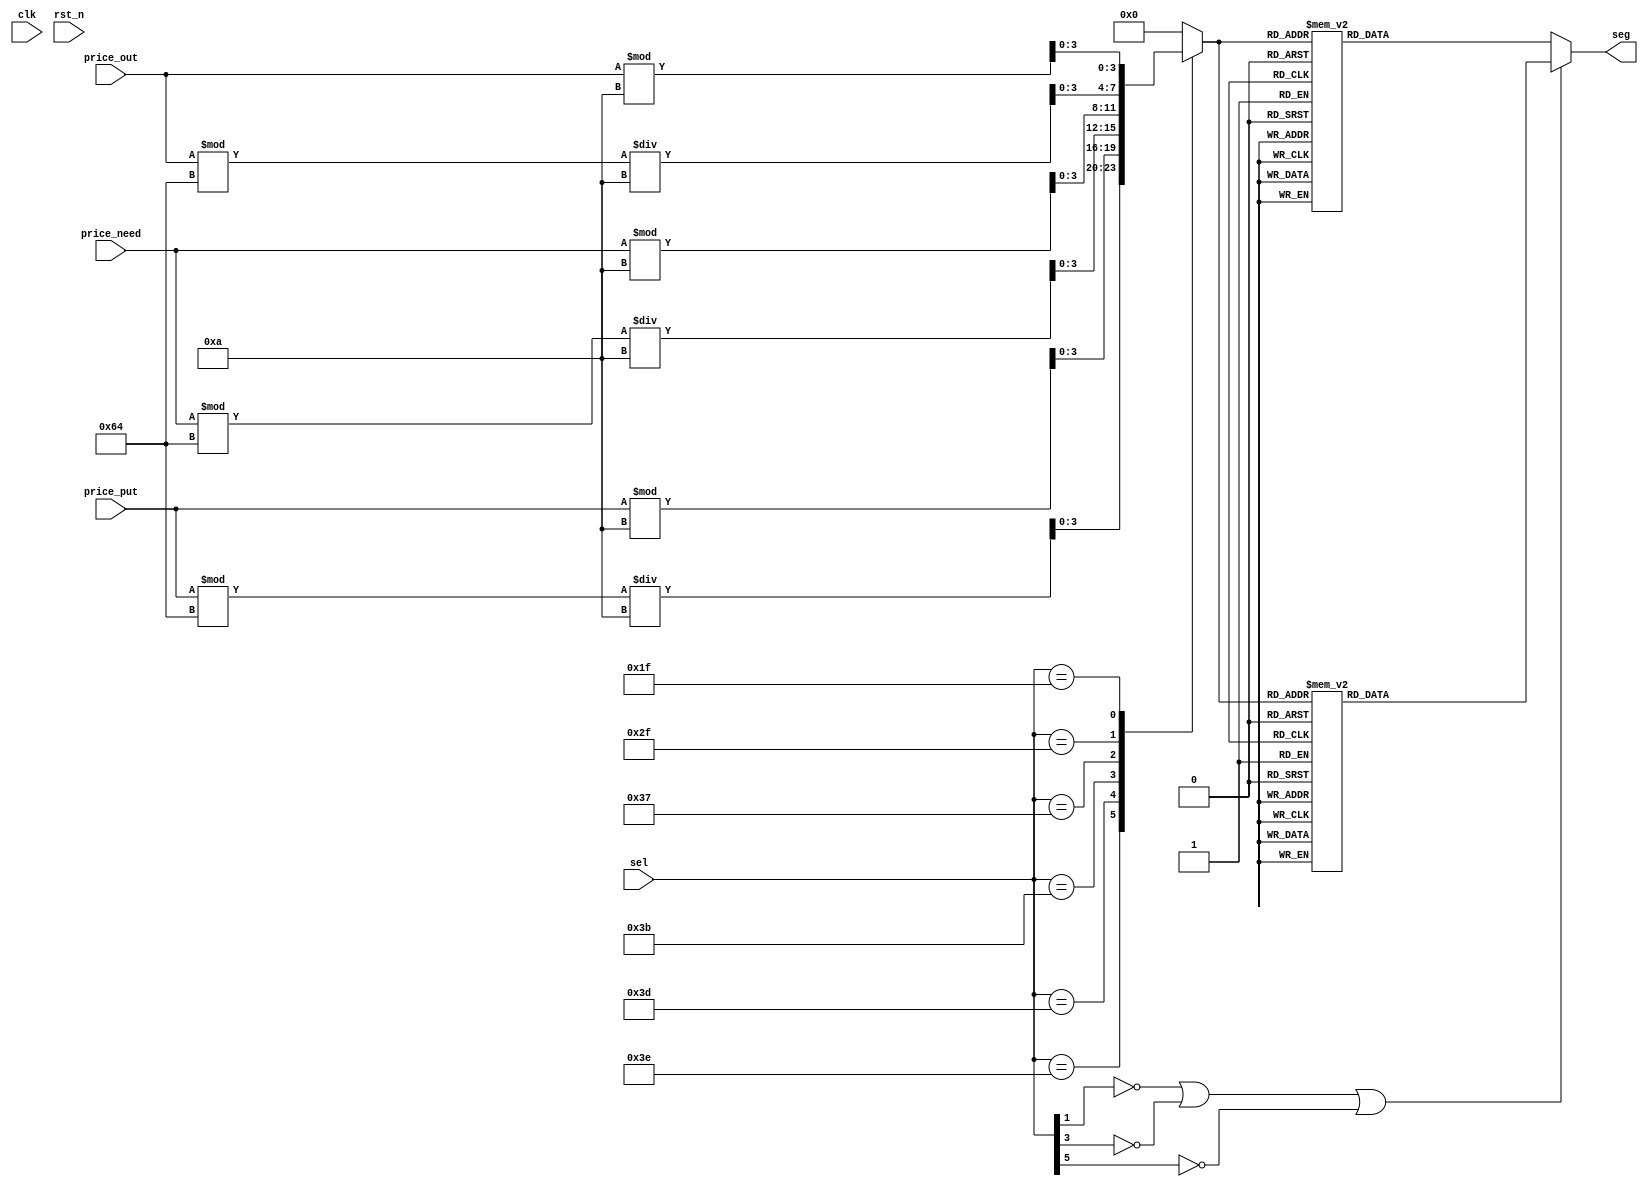
module seg_drive(
    input   wire    			 clk         ,
    input   wire    			 rst_n       ,       //
    input   wire    [5:0]   sel         ,       //
    input   wire    [6:0]   price_put   ,       //
    input   wire    [6:0]   price_need  ,       //
    input   wire    [6:0]   price_out   ,       //
    output   reg    [7:0]   seg                 //
   
);
 
reg [3:0] num;
always@(*) begin
    case(sel)
        //
		6'b111_110: num = (price_put % 100) / 10;       //  
		6'b111_101: num = price_put % 10;               //
        //
		6'b111_011: num = (price_need % 100) / 10;      //
		6'b110_111: num = price_need % 10;              //
        //
		6'b101_111: num = (price_out % 100) / 10;       //
		6'b011_111: num = price_out % 10;               //
		default:num = 4'd0;
   endcase
end
always @ (*) begin
    //
    if(!sel[1] || !sel[3] || !sel[5]) begin
        case(num)
            4'd0:    seg = 8'b1100_0000; //
            4'd1:    seg = 8'b1111_1001;
            4'd2:    seg = 8'b1010_0100;
            4'd3:    seg = 8'b1011_0000;
            4'd4:    seg = 8'b1001_1001;
            4'd5:    seg = 8'b1001_0010;
            4'd6:    seg = 8'b1000_0010;
            4'd7:    seg = 8'b1111_1000;
            4'd8:    seg = 8'b1000_0000;
            4'd9:    seg = 8'b1001_0000;
            default : seg = 8'b1100_0000;
        endcase
    end
       
    else begin
        case(num)
            4'd0:    seg = 8'b0100_0000; //
            4'd1:    seg = 8'b0111_1001;
            4'd2:    seg = 8'b0010_0100;
            4'd3:    seg = 8'b0011_0000;
            4'd4:    seg = 8'b0001_1001;
            4'd5:    seg = 8'b0001_0010;
            4'd6:    seg = 8'b0000_0010;
            4'd7:    seg = 8'b0111_1000;
            4'd8:    seg = 8'b0000_0000;
            4'd9:    seg = 8'b0001_0000;
            default : seg = 8'b0100_0000;
        endcase
    end
end
endmodule